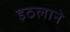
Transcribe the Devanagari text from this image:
इठलाने